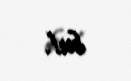
bu!.